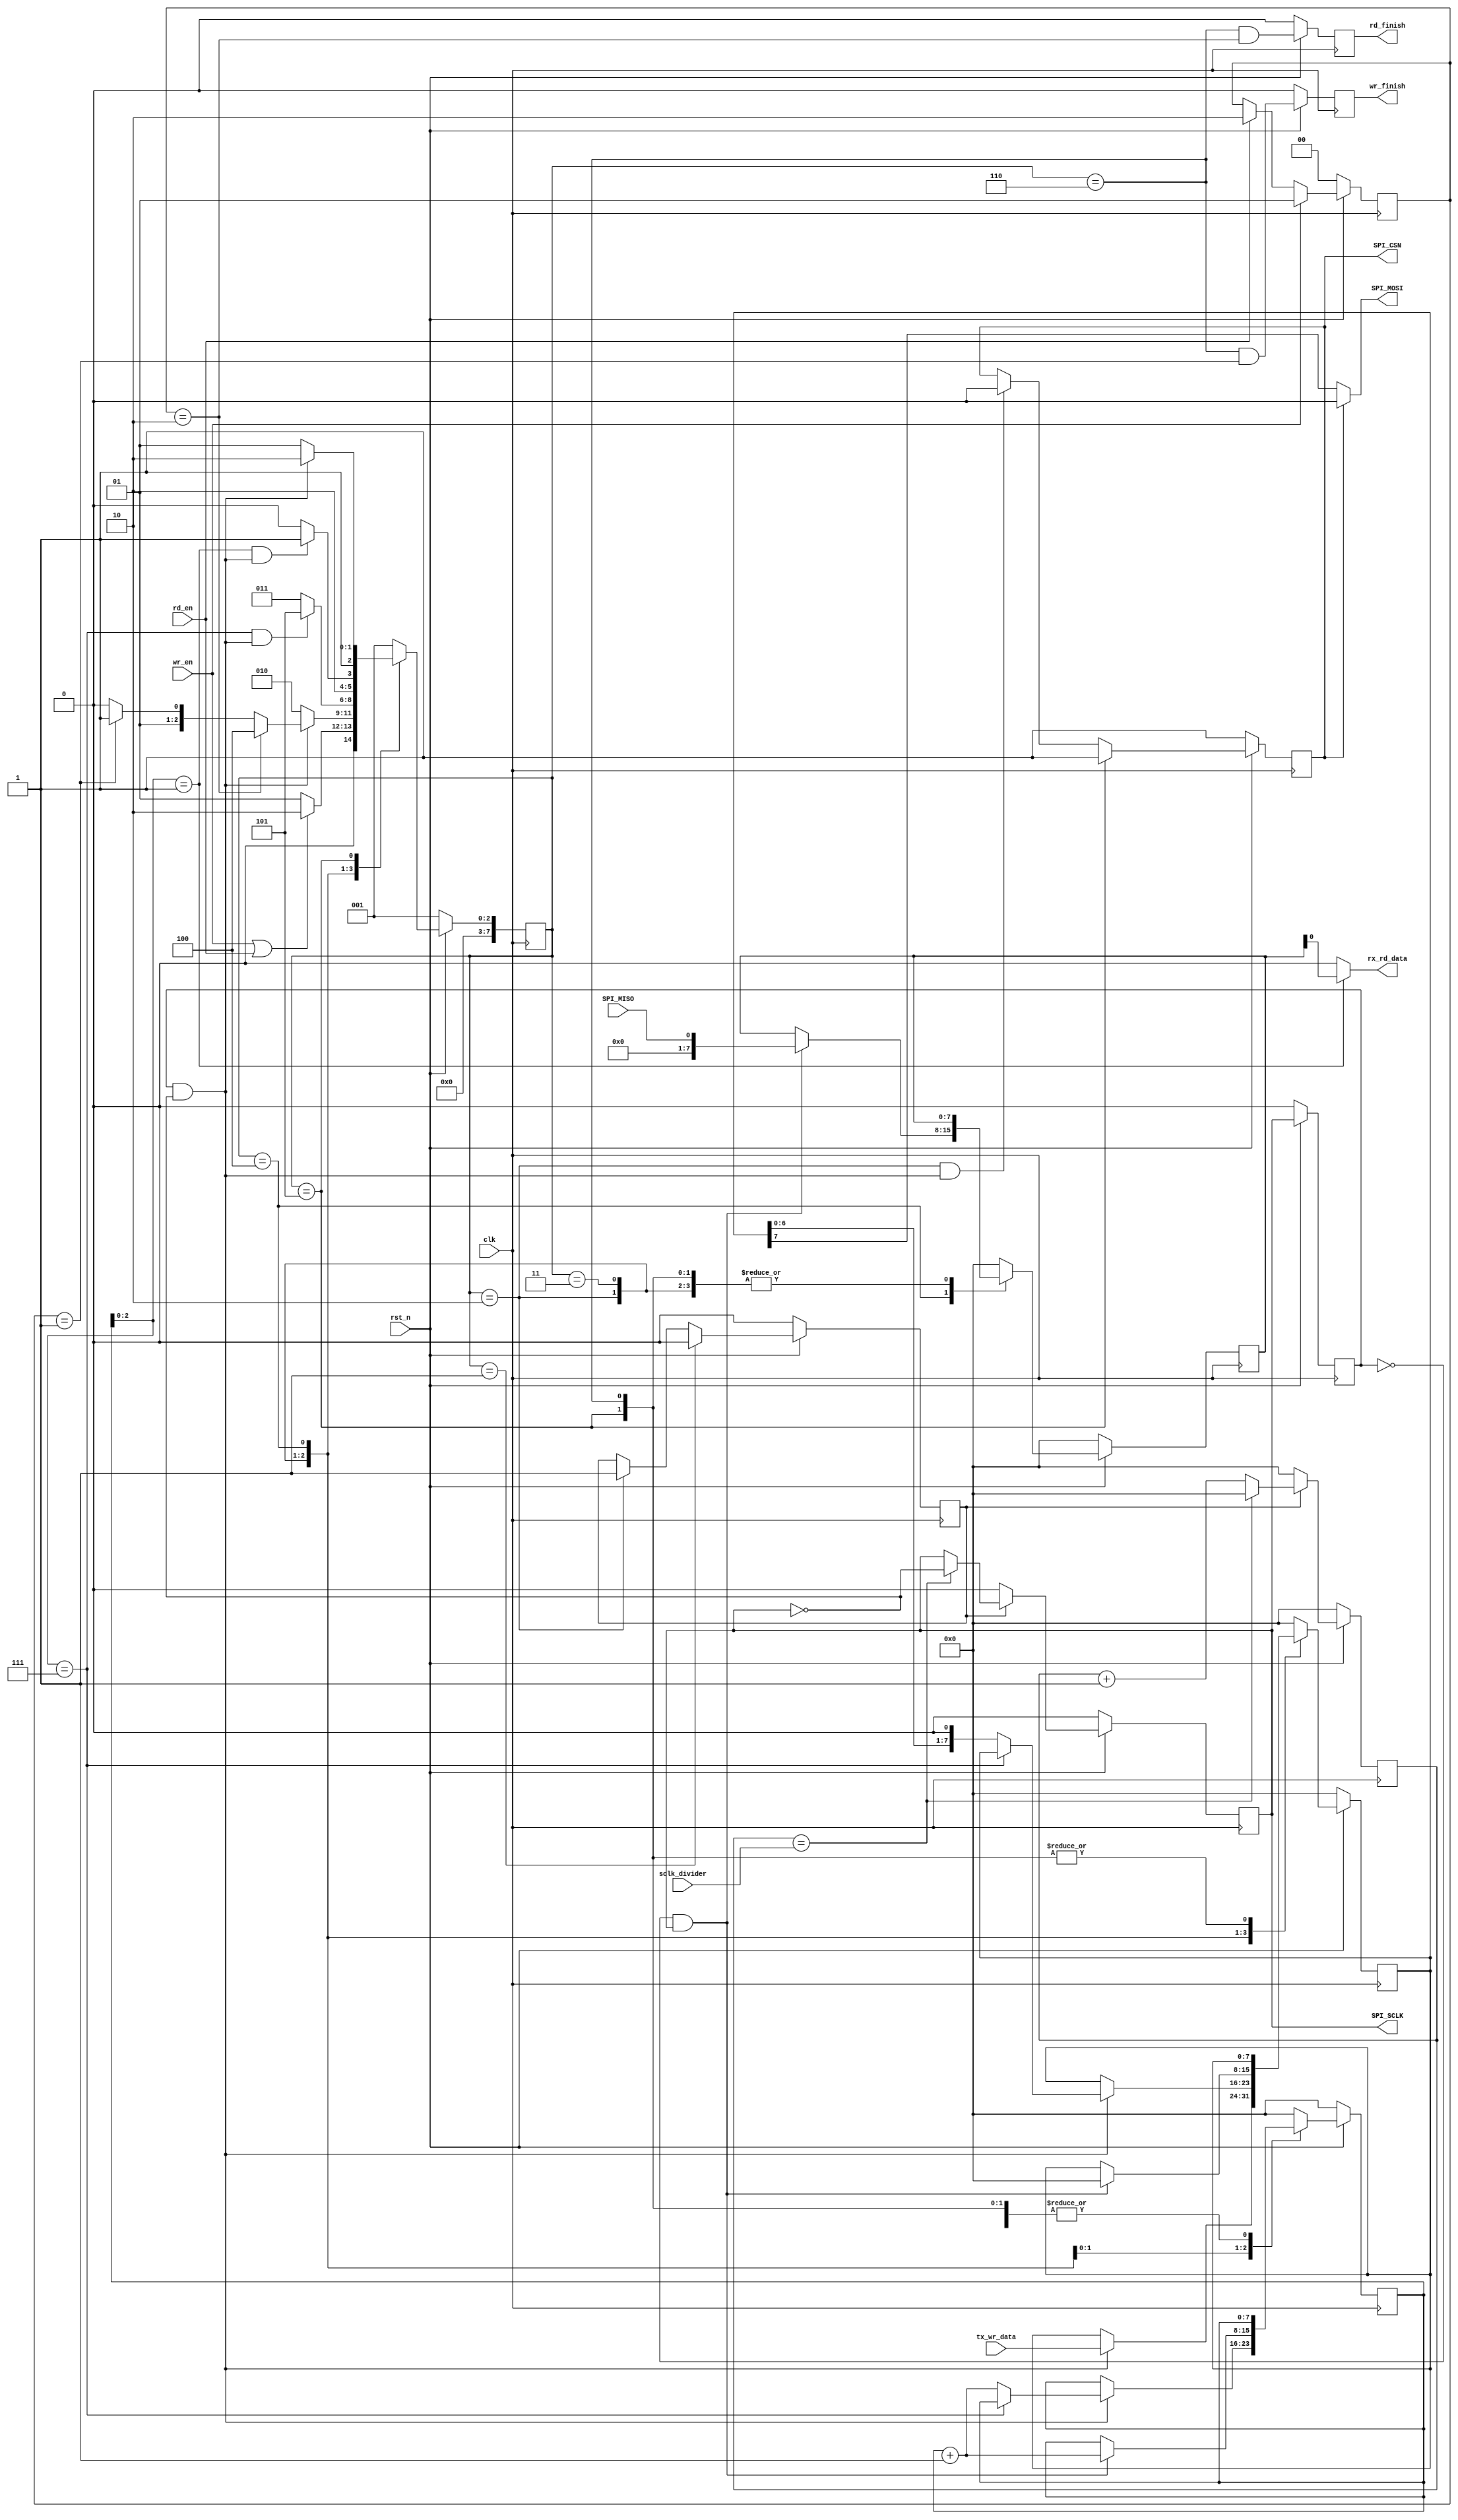
//############################################################################
//++++++++++++++++++++++++++++++++++++++++++++++++++++++++++++++++++++++++++++
//   Module Name : SPI_Master
//++++++++++++++++++++++++++++++++++++++++++++++++++++++++++++++++++++++++++++
//############################################################################

module SPI_Master(// INPUT
					clk, 
					rst_n,
					sclk_divider,
					wr_en,
					rd_en,
					//start_addr,
					//state_init,
					rx_rd_data,
					SPI_MISO,
					
					// OUTPUT
					wr_finish,
					rd_finish,
					tx_wr_data,
					SPI_SCLK,
					SPI_CSN,
					SPI_MOSI
				  );
	
//================================================================
//  INPUT AND OUTPUT DECLARATION                         
//================================================================
// INPUT
input clk; 					// System clk
input rst_n; 				// System reset, active low
input [7:0] sclk_divider; 	// SPI clk control / divid
input wr_en;				// Write enable
input rd_en;				// Read enable
/*input [7:0] start_addr;		 Write / Read Start address*/
/*input [7:0] state_init;		 slaver state initial*/
input [7:0] tx_wr_data;		// TX Write Data
input SPI_MISO;				// SPI Master input Slave output

// OUTPUT
output wire wr_finish;		// Write finish
output wire rd_finish;		// Read finish
output wire rx_rd_data;		// RX Read Data
output wire SPI_SCLK;		// SPI CLK
output wire SPI_CSN; 		// SPI chip sel
output wire SPI_MOSI;		// SPI Master output Slave output

//================================================================
//  Wires & Registers
//================================================================
// Control
reg r_wr_en;				// Write enable
reg r_rd_en;				// Read enable

// Status
reg r_wr_finish;			// Write finish
reg r_rd_finish;			// Read finish
/*reg [7:0] r_start_addr;		 Write / Read start address*/
/*reg [7:0] r_state_init;		 slaver state initial      */
reg [1:0] r_wr_mode;		// Wrie / Read mode => 2'b01: Write / 2'b10: Read

// RX
reg [7:0] r_rx_rd_data;		// RX read Data

// SPI interface
reg r_sclk;					// SPI clk 
reg r_sclk_d0;				// SPI clk for eliminate meta_stable
reg r_csn;					// SPI chip sel
reg [3:0] r_csn_cnt;		// SPI chip sel count
reg r_sclk_enable;			// SPI clk enable
reg [7:0] r_sclk_divider;	// SPI clk divider count
reg [7:0] r_wr_data;		// SPI Write Data
reg [7:0] r_spi_addr_cnt;	// SPI Write / Read address count

// State
reg [7:0] curr_state;
reg [7:0] next_state;

// clk edge
wire sclk_pedge;			// SPI clk positive edge
wire sclk_nedge;			// SPI clk negative edge

//================================================================
//  integer / genvar / parameters
//================================================================
localparam IDLE 		 = 3'd01;		// IDLE
localparam CSN_ENABLE  	 = 3'd02;		// chip sel enable 
/*localparam WRITE_INITIAL = 8'h04;		 write state initial*/
/*localparam WRITE_ADDR    = 3'd03;	 	 write address*/
localparam WRITE_DATA 	 = 3'd03;		// write data
localparam READ_DATA 	 = 3'd04;		// read data
localparam CSN_DISABLE 	 = 3'd05;		// chip sel disable
localparam FINISH 	     = 3'd06;		// finish state

//================================================================
//  input control / status
//================================================================
// read / write start
always @(posedge clk) begin
	if(!rst_n) begin
		r_wr_en <= 1'b0;
		r_rd_en <= 1'b0;
	end
	else begin
		r_wr_en <= wr_en;
		r_rd_en <= rd_en;
	end
end

// Wrie / Read mode => 1'b0: Write / 1;b1: Read
always @(posedge clk) begin
	if(!rst_n) begin
		r_wr_mode <= 2'b00;
	end
	else if(wr_en) begin
		r_wr_mode <= 2'b01;
	end
	else if(rd_en) begin
		r_wr_mode <= 2'b10;
	end
end

/* address
always @(posedge sclk) begin
	if(!rst_n) begin
		r_start_addr <= 8'h0;
		r_state_init <= 8'h0;
	end
	else if(wr_en | rd_en) begin
		r_start_addr <= start_addr;
		r_state_init <= state_init;
	end
end*/

//================================================================
//  Generate SPI clk
//================================================================
always @(posedge clk) begin
	if(!rst_n) 						
		r_sclk_enable <= 1'b0;
	else if(curr_state == IDLE) 	
		r_sclk_enable <= 1'b0;
	else if(curr_state == CSN_ENABLE)
		r_sclk_enable <= 1'b1;
end

// SPI clk divider
always @(posedge clk) begin
	if(!rst_n)
		r_sclk_divider <= 8'h0;
	else if(r_sclk_enable) begin
		if(r_sclk_divider == sclk_divider)
			r_sclk_divider <= 8'h0;
		else
			r_sclk_divider <= r_sclk_divider + 1'b1;
	end
	else 
		r_sclk_divider <= 8'h0;
end

always @(posedge clk) begin
	if(!rst_n)
		r_sclk <= 1'b0;
	else if(r_sclk_enable) begin
		if(r_sclk_divider == sclk_divider)
			r_sclk <= ~r_sclk;
	end
	else
		r_sclk <= 1'b0;
end

always @(posedge clk) begin
	if(!rst_n)
		r_sclk_d0 <= 1'b0;
	else
		r_sclk_d0 <= r_sclk;
end

assign sclk_pedge = (~r_sclk_d0) & r_sclk; // SPI clk positive edge
assign sclk_nedge = r_sclk_d0 & (~r_sclk); // SPI clk negative edge

//================================================================
//  SPI chip sel
//================================================================
always @(posedge clk) begin
	if(!rst_n)
		r_csn <= 1'b1;
	else if(curr_state == CSN_DISABLE)
		r_csn <= 1'b1;
	else if((curr_state == CSN_ENABLE) & sclk_nedge)
		r_csn <= 1'b0;
end

//================================================================
//  FSM
//================================================================
always @(posedge clk) begin
	if(!rst_n)
		curr_state <= IDLE;
	else
		curr_state <= next_state;
end

always @(*) begin
	next_state = IDLE;
	case(curr_state)
		IDLE: begin
			if(wr_en | rd_en)
				next_state = CSN_ENABLE;
			else
				next_state = IDLE;
		end
		
		// chip sel enable
		CSN_ENABLE: begin
			if(/*(r_csn_cnt == 4'h3) &*/ sclk_nedge)
				if(r_wr_mode == 2'b10)
					next_state = READ_DATA;
				else if(r_wr_mode == 2'b01)
					next_state = WRITE_DATA;
				else
					next_state = CSN_ENABLE;
			else 
				next_state = CSN_ENABLE;
		end
		
		/* slaver state initial
		WRITE_INITIAL: begin
			if((r_spi_addr_cnt[2:0] == 3'h7) & sclk_nedge)
				next_state = WRITE_ADDR;
			else
				next_state = WRITE_INITIAL;
		end*/
		
		/* write address
		WRITE_ADDR: begin
			if((r_spi_addr_cnt[2:0] == 3'h7) & sclk_nedge) begin
				if(r_wr_mode)
					next_state = READ_DATA;
				else 
					next_state = WRITE_DATA;
			end
			else 
				next_state = WRITE_ADDR;
		end*/
		
		// write data
		WRITE_DATA: begin
			if((r_spi_addr_cnt[2:0] == 3'h7) & sclk_nedge)
				next_state = CSN_DISABLE; // write finish
			else
				next_state = WRITE_DATA;
		end
		
		// read data
		READ_DATA: begin
			if((r_spi_addr_cnt[2:0] == 3'h1) & sclk_nedge)
				next_state = CSN_DISABLE; // read finish
			else 
				next_state = READ_DATA;
		end
		
		// chip disable
		CSN_DISABLE: begin
			if(/*(r_csn_cnt == 4'h3)*/ & sclk_nedge)
				next_state = FINISH;
			else 
				next_state = CSN_DISABLE;
		end
		
		// finish
		FINISH: begin
			next_state = IDLE;
		end
		
		default: begin
			next_state = IDLE;
		end
	endcase
end

always @(posedge clk) begin
	if(!rst_n)begin
		r_spi_addr_cnt  <= 8'h0;
		r_wr_data 		<= 8'h0;
		r_rx_rd_data 	<= 8'h0;
	end
	else begin
		case(curr_state)
			IDLE: begin
				r_spi_addr_cnt  <= 8'h0;
				r_wr_data 		<= 8'h0;
				r_rx_rd_data 	<= 8'h0;
			end
			
			/* chip enable
			CSN_ENABLE: begin
				if(sclk_nedge)
					r_wr_data <= r_state_init;
			end*/
			
			CSN_ENABLE: begin
				if(sclk_nedge)
					r_wr_data <= tx_wr_data;
			end
			
			/* slaver state initial
			WRITE_INITIAL: begin
				if(sclk_nedge) begin
					if(r_spi_addr_cnt[2:0] == 3'h7) begin
						r_wr_data <= r_start_addr;
						r_spi_addr_cnt <= 8'h0;
					end
					else begin
						r_wr_data <= {r_wr_data[6:0], 1'b0};
						r_spi_addr_cnt <= r_spi_addr_cnt + 1'b1;
					end
				end
			end*/
			
			/* write address
			WRITE_ADDR: begin
				if(sclk_nedge) begin
					if(r_spi_addr_cnt[2:0] == 3'h7) begin
						r_wr_data <= rx_rd_data;
						r_spi_addr_cnt <= 8'h0;
					end
					else begin
						r_wr_data <= {r_wr_data[6:0], 1'b0};
						r_spi_addr_cnt <= r_spi_addr_cnt + 1'b1;
					end
				end
			end*/
			
			// write data
			WRITE_DATA: begin
				if(sclk_nedge) begin
					if(r_spi_addr_cnt[2:0] == 3'h7)
						r_wr_data <= r_wr_data;
					else begin
						r_wr_data <= {r_wr_data[6:0], 1'b0};
						r_spi_addr_cnt <= r_spi_addr_cnt + 1'b1;
					end
				end
			end
			
			// read data
			READ_DATA: begin
				if(sclk_pedge) begin // sample at positive edge
					r_wr_data <= 8'h0;
					r_rx_rd_data <= SPI_MISO;
					r_spi_addr_cnt <= r_spi_addr_cnt + 1'b1;
				end
			end
			
			//chip disable
			CSN_DISABLE: begin
				//do nothing
			end
			
			//finish
			FINISH: begin
				// do nothing
			end
			
			default: begin
				r_spi_addr_cnt <= 8'h0;
				r_wr_data	   <= 8'h0;
				r_rx_rd_data   <= 8'h0;
			end
		endcase
	end
end

assign rx_rd_data = (r_spi_addr_cnt[2:0] == 3'h1) ? r_rx_rd_data : 8'h0; 

//================================================================
//  SPI finish
//================================================================
always @(posedge clk) begin
	if(!rst_n) begin
		r_wr_finish <= 1'b0;
		r_rd_finish <= 1'b0;
	end
	else begin
		r_wr_finish <= ((curr_state == FINISH) & (r_wr_mode == 2'b01));
		r_rd_finish <= ((curr_state == FINISH) & (r_wr_mode == 2'b10));
	end
end

assign wr_finish = r_wr_finish;
assign rd_finish = r_rd_finish;

//================================================================
//  SPI OUTPUT
//================================================================
assign SPI_SCLK = r_sclk;
assign SPI_CSN 	= r_csn;
assign SPI_MOSI = !r_csn ? r_wr_data[7] : 1'b0;

endmodule